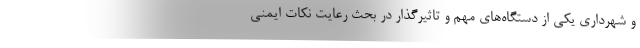
و شهرداری یکی از دستگاه‌های مهم و تاثیرگذار در بحث رعایت نکات ایمنی